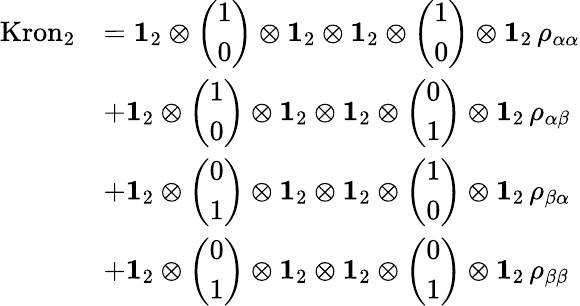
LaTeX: \begin{array}{rl}{\mathrm{Kron}_{2}}&{=\mathbf{1}_{2}\otimes\left(\begin{array}{l}{1}\\ {0}\end{array}\right)\otimes\mathbf{1}_{2}\otimes\mathbf{1}_{2}\otimes\left(\begin{array}{l}{1}\\ {0}\end{array}\right)\otimes\mathbf{1}_{2}\, \rho_{\alpha\alpha}}\\ &{+\mathbf{1}_{2}\otimes\left(\begin{array}{l}{1}\\ {0}\end{array}\right)\otimes\mathbf{1}_{2}\otimes\mathbf{1}_{2}\otimes\left(\begin{array}{l}{0}\\ {1}\end{array}\right)\otimes\mathbf{1}_{2}\, \rho_{\alpha\beta}}\\ &{+\mathbf{1}_{2}\otimes\left(\begin{array}{l}{0}\\ {1}\end{array}\right)\otimes\mathbf{1}_{2}\otimes\mathbf{1}_{2}\otimes\left(\begin{array}{l}{1}\\ {0}\end{array}\right)\otimes\mathbf{1}_{2}\, \rho_{\beta\alpha}}\\ &{+\mathbf{1}_{2}\otimes\left(\begin{array}{l}{0}\\ {1}\end{array}\right)\otimes\mathbf{1}_{2}\otimes\mathbf{1}_{2}\otimes\left(\begin{array}{l}{0}\\ {1}\end{array}\right)\otimes\mathbf{1}_{2}\, \rho_{\beta\beta}}\end{array}